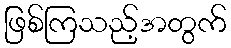
ဖြစ်ကြသည့်အတွက်